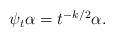
LaTeX: \begin{align*}\begin{aligned}\psi_{t}\alpha=t^{-k/2}\alpha.\end{aligned}\end{align*}